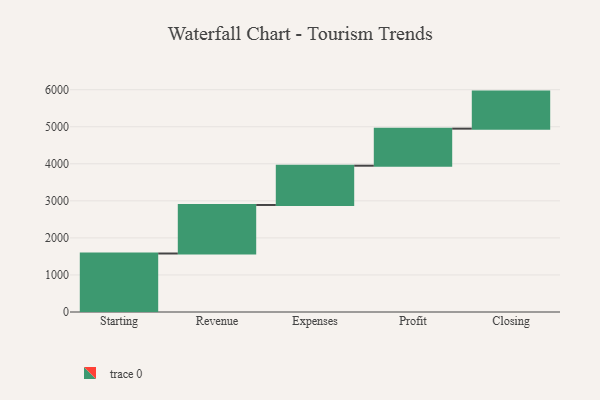
{"axis": {"x": "Step", "y": "Value"}, "legend": [""], "data": [{"x": "Starting", "y": 1579.0, "type": ""}, {"x": "Revenue", "y": 1310.0, "type": ""}, {"x": "Expenses", "y": 1060.0, "type": ""}, {"x": "Profit", "y": 1000, "type": ""}, {"x": "Closing", "y": 1000, "type": ""}]}